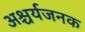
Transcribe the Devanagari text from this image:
अश्चर्यजनक